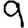
Digit: 9